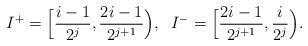
LaTeX: \begin{align*}I^+ = \Big[{\frac{i - 1}{2^j}}, {\frac{2i-1}{2^{j+1}}}\Big), \;\; I^- = \Big[{\frac{2i - 1}{2^{j+1}}}, {\frac{i}{2^j}}\Big).\end{align*}